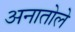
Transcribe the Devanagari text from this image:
अनातोले